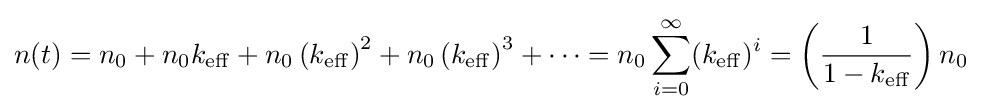
n(t)=n_{0}+n_{0}k_{\mathrm {eff} }+n_{0}\left(k_{\mathrm {eff} }\right)^{2}+n_{0}\left(k_{\mathrm {eff} }\right)^{3}+\cdots =n_{0}\sum _{i=0}^{\infty }(k_{\mathrm {eff} })^{i}=\left({1 \over {1-k_{\mathrm {eff} }}}\right)n_{0}